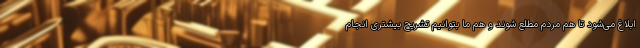
ابلاغ می‌شود تا هم مردم مطلع شوند و هم ما بتوانیم تشریح بیشتری انجام